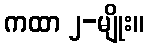
ကထာ ၂-မျိုး။